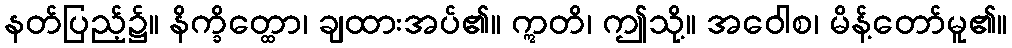
နတ်ပြည့်၌။ နိက္ခိတ္ထော၊ ချထားအပ်၏။ ဣတိ၊ ဤသို့။ အဝေါစ၊ မိန့်တော်မူ၏။